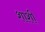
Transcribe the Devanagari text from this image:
शाशी